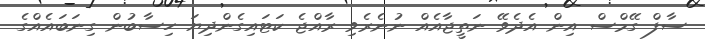
ސާފް ގޭމްސް އިން އެދެވޭ ނަތީޖާއެއް ނުނެރެވި ރާއްޖެ ކަޓައިގެންދިޔަ ހިސާބުން ގިނަބައެއްގެ